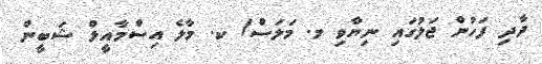
ދާދި ފަހުން ޖަލުގައި ނިޔާވި މ. މަލަސް/ ކ. މާލެ އިސްމާއީލް ޝަބީން